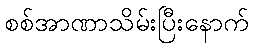
စစ်အာဏာသိမ်းပြီးနောက်